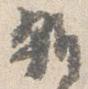
雑